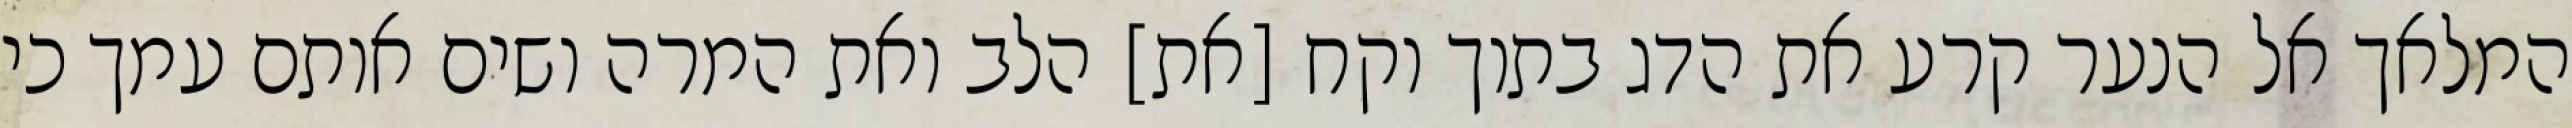
המלאך אל הנער קרע את הדג בתוך וקח [את] הלב ואת המרה ושים אותם עמך כי